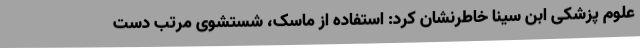
علوم پزشکی ابن سینا خاطرنشان کرد: استفاده از ماسک، شستشوی مرتب دست